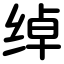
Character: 绰